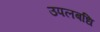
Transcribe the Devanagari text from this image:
उपलबधि